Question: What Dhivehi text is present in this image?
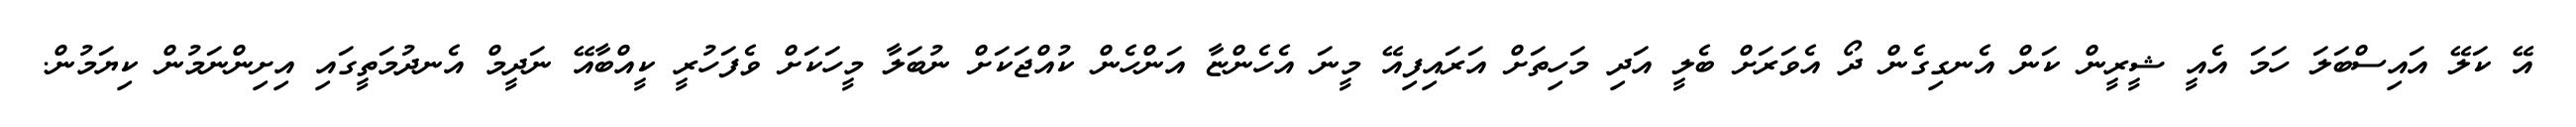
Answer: އޭ ކަލޭ އައިސްބަލަ ހަމަ އެއީ ޝީރީން ކަން އެނގިގެން ދޯ އެވަރަށް ބެލީ އަދި މަހިތަށް އަރައިފިއޭ މީނަ އެހެންޏާ އަންހެން ކުއްޖަކަށް ނުބަލާ މީހަކަށް ވެފަހުރީ ކީއްބާއޭ ނަދީމް އެނދުމަތީގައި އިށިންނަމުން ކިޔަމުން.